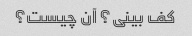
کف بینی؟ آن چیست؟